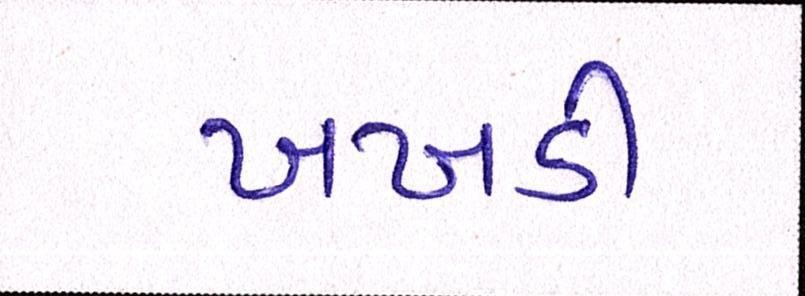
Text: ખખડી